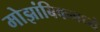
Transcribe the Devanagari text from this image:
मोझांबिकमध्ये